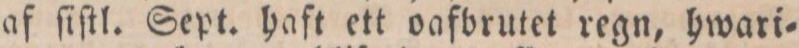
af ſiſtl. Sept. haft ett oafbrutet regn, hwari=